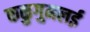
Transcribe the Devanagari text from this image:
कळुगुमलई